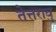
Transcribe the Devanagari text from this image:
तेत्तरावु